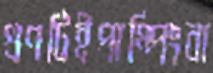
গুণটিইপাম্পিংবা